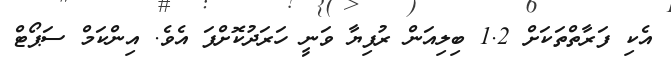
އެކި ފަރާތްތަކަށް 1.2 ބިލިއަން ރުފިޔާ ވަނީ ހަރަދުކޮށްފަ އެވެ. އިންކަމް ސަޕޯޓް